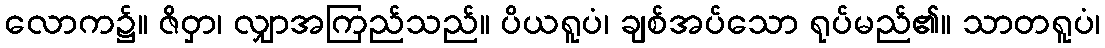
လောက၌။ ဇိဝှာ၊ လျှာအကြည်သည်။ ပိယရူပံ၊ ချစ်အပ်သော ရုပ်မည်၏။ သာတရူပံ၊